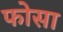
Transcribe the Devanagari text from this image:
फोसा